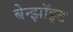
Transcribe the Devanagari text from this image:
बेन्झॉइट